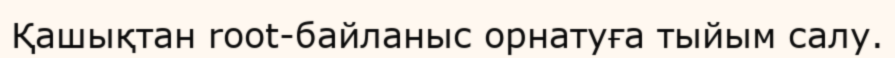
Қашықтан root-байланыс орнатуға тыйым салу.